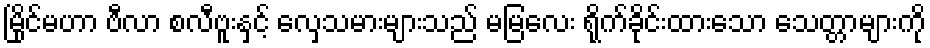
မြိုင်မဟာ ဗီလာ စလီဗူးနှင့် လှေသမားများသည် မမြလေး ရိုက်ခိုင်းထားသော သေတ္တာများကို